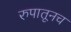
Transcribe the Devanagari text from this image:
रुपातूनच